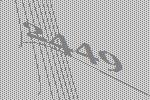
2449